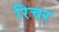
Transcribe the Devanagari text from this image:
रिचर